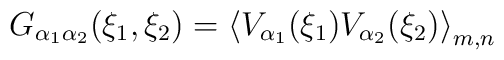
G_{\alpha_{1}\alpha_{2}}(\xi_{1},\xi_{2})=\left\langle V_{\alpha_{1}}(\xi_{1})V_{\alpha_{2}}(\xi_{2})\right\rangle _{m,n}